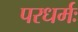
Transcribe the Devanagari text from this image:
परधर्मः